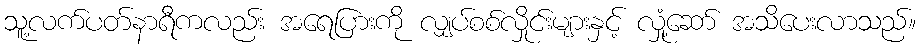
သူ့လက်ပတ်နာရီကလည်း အရေပြားကို လျှပ်စစ်လှိုင်းများနှင့် လှုံ့ဆော် အသိပေးလာသည်။